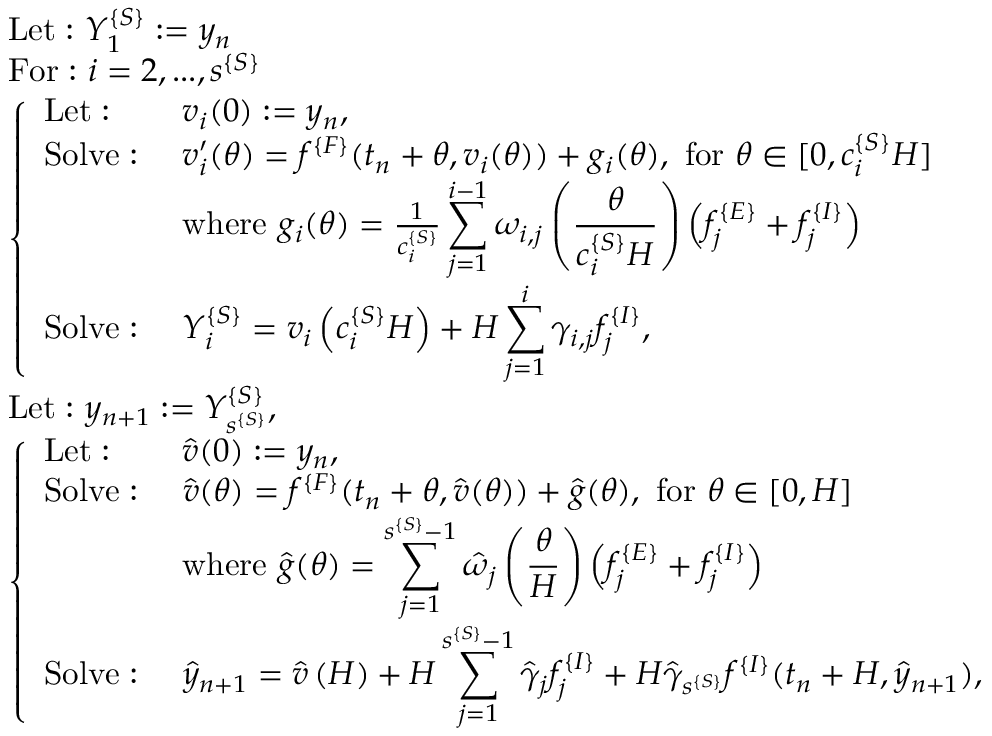
\begin{array} { r l } & { \mathrm { L e t : ~ } Y _ { 1 } ^ { \{ S \} } : = y _ { n } } \\ & { \mathrm { F o r : ~ } i = 2 , . . . , s ^ { \{ S \} } } \\ & { \left\{ \begin{array} { l l } { \mathrm { L e t : ~ } } & { v _ { i } ( 0 ) : = y _ { n } , } \\ { \mathrm { S o l v e : ~ } } & { v _ { i } ^ { \prime } ( \theta ) = f ^ { \{ F \} } ( t _ { n } + \theta , v _ { i } ( \theta ) ) + g _ { i } ( \theta ) , \ \mathrm { f o r ~ } \theta \in [ 0 , c _ { i } ^ { \{ S \} } H ] } \\ & { \mathrm { w h e r e ~ } g _ { i } ( \theta ) = \frac { 1 } { c _ { i } ^ { \{ S \} } } \displaystyle \sum _ { j = 1 } ^ { i - 1 } \omega _ { i , j } \left( \frac { \theta } { c _ { i } ^ { \{ S \} } H } \right) \left( f _ { j } ^ { \{ E \} } + f _ { j } ^ { \{ I \} } \right) } \\ { \mathrm { S o l v e : ~ } } & { Y _ { i } ^ { \{ S \} } = v _ { i } \left( c _ { i } ^ { \{ S \} } H \right) + H \displaystyle \sum _ { j = 1 } ^ { i } \gamma _ { i , j } f _ { j } ^ { \{ I \} } , } \end{array} \right. } \\ & { \mathrm { L e t : ~ } y _ { n + 1 } : = Y _ { s ^ { \{ S \} } } ^ { \{ S \} } , } \\ & { \left\{ \begin{array} { l l } { \mathrm { L e t : ~ } } & { \hat { v } ( 0 ) : = y _ { n } , } \\ { \mathrm { S o l v e : ~ } } & { \hat { v } ( \theta ) = f ^ { \{ F \} } ( t _ { n } + \theta , \hat { v } ( \theta ) ) + \hat { g } ( \theta ) , \ \mathrm { f o r ~ } \theta \in [ 0 , H ] } \\ & { \mathrm { w h e r e ~ } \hat { g } ( \theta ) = \displaystyle \sum _ { j = 1 } ^ { s ^ { \{ S \} } - 1 } \hat { \omega } _ { j } \left( \frac { \theta } { H } \right) \left( f _ { j } ^ { \{ E \} } + f _ { j } ^ { \{ I \} } \right) } \\ { \mathrm { S o l v e : ~ } } & { \hat { y } _ { n + 1 } = \hat { v } \left( H \right) + H \displaystyle \sum _ { j = 1 } ^ { s ^ { \{ S \} } - 1 } \hat { \gamma } _ { j } f _ { j } ^ { \{ I \} } + H \hat { \gamma } _ { s ^ { \{ S \} } } f ^ { \{ I \} } ( t _ { n } + H , \hat { y } _ { n + 1 } ) , } \end{array} \right. } \end{array}